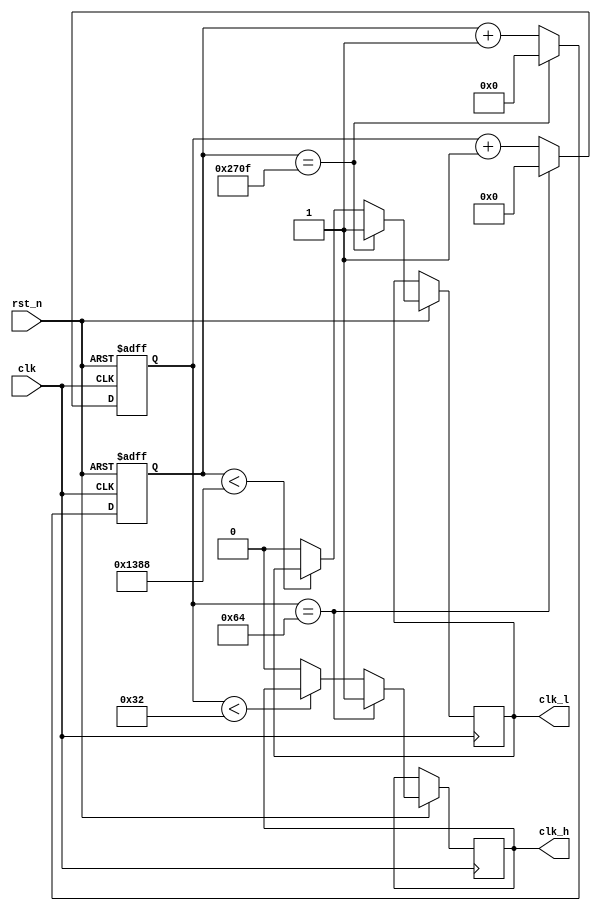
module control_timer
(
	input clk,
	input rst_n,
	output reg clk_h,
	output reg clk_l
);


	reg[15:0] cnt;
	always @(posedge clk or negedge rst_n) begin
		if(!rst_n)
			cnt <= 0;
		else begin
			if(cnt == 14'd9999)begin
				cnt <= 0;
				clk_l <= 1;
			end
			else if(cnt < 14'd5000)
				cnt <= cnt +1'd1;
			else begin
				cnt <= cnt +1'd1;
				clk_l <= 0;
			end
		end
	end

	reg[7:0] cnt_h;
	always @(posedge clk or negedge rst_n) begin
		if(!rst_n)
			cnt_h <=0;
		else begin
			if(cnt_h == 8'd100)begin
				cnt_h <= 0;
				clk_h <= 1;
			end
			else if(cnt_h < 8'd50)
				cnt_h <= cnt_h +1'd1;
			else begin
				cnt_h <= cnt_h +1'd1;
				clk_h <= 0;
			end
		end
	end

endmodule